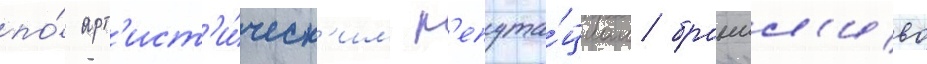
по́ арт'ист'и́ческ'им р'епута́циам бранчл'иво